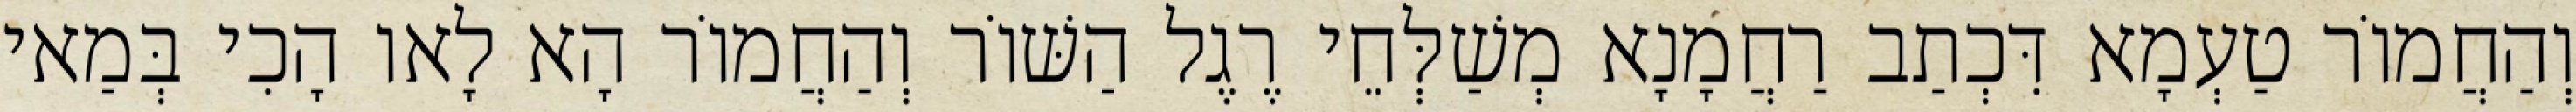
וְהַחֲמוֹר טַעְמָא דִּכְתַב רַחֲמָנָא מְשַׁלְּחֵי רֶגֶל הַשּׁוֹר וְהַחֲמוֹר הָא לָאו הָכִי בְּמַאי